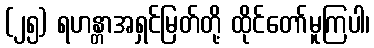
(၂၅) ရဟန္တာအရှင်မြတ်တို့ ထိုင်တော်မူကြပါ၊